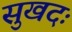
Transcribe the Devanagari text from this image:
सुखदः